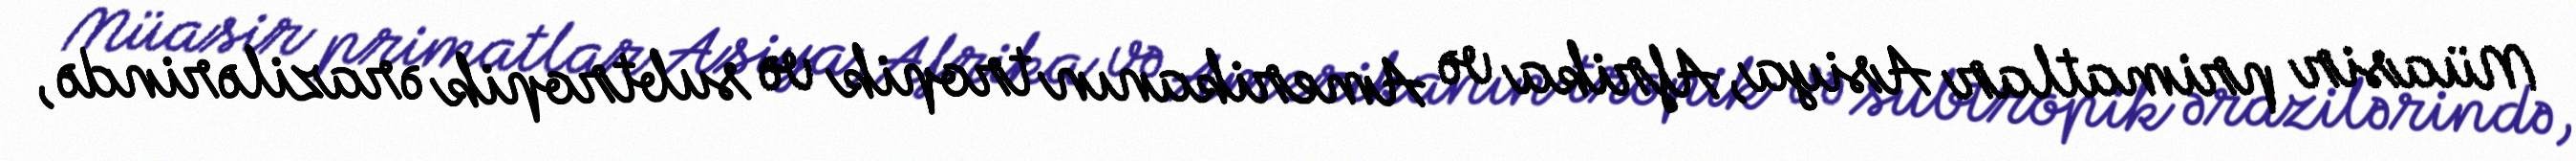
Müasir primatlar Asiya, Afrika və Amerikanın tropik və subtropik ərazilərində,